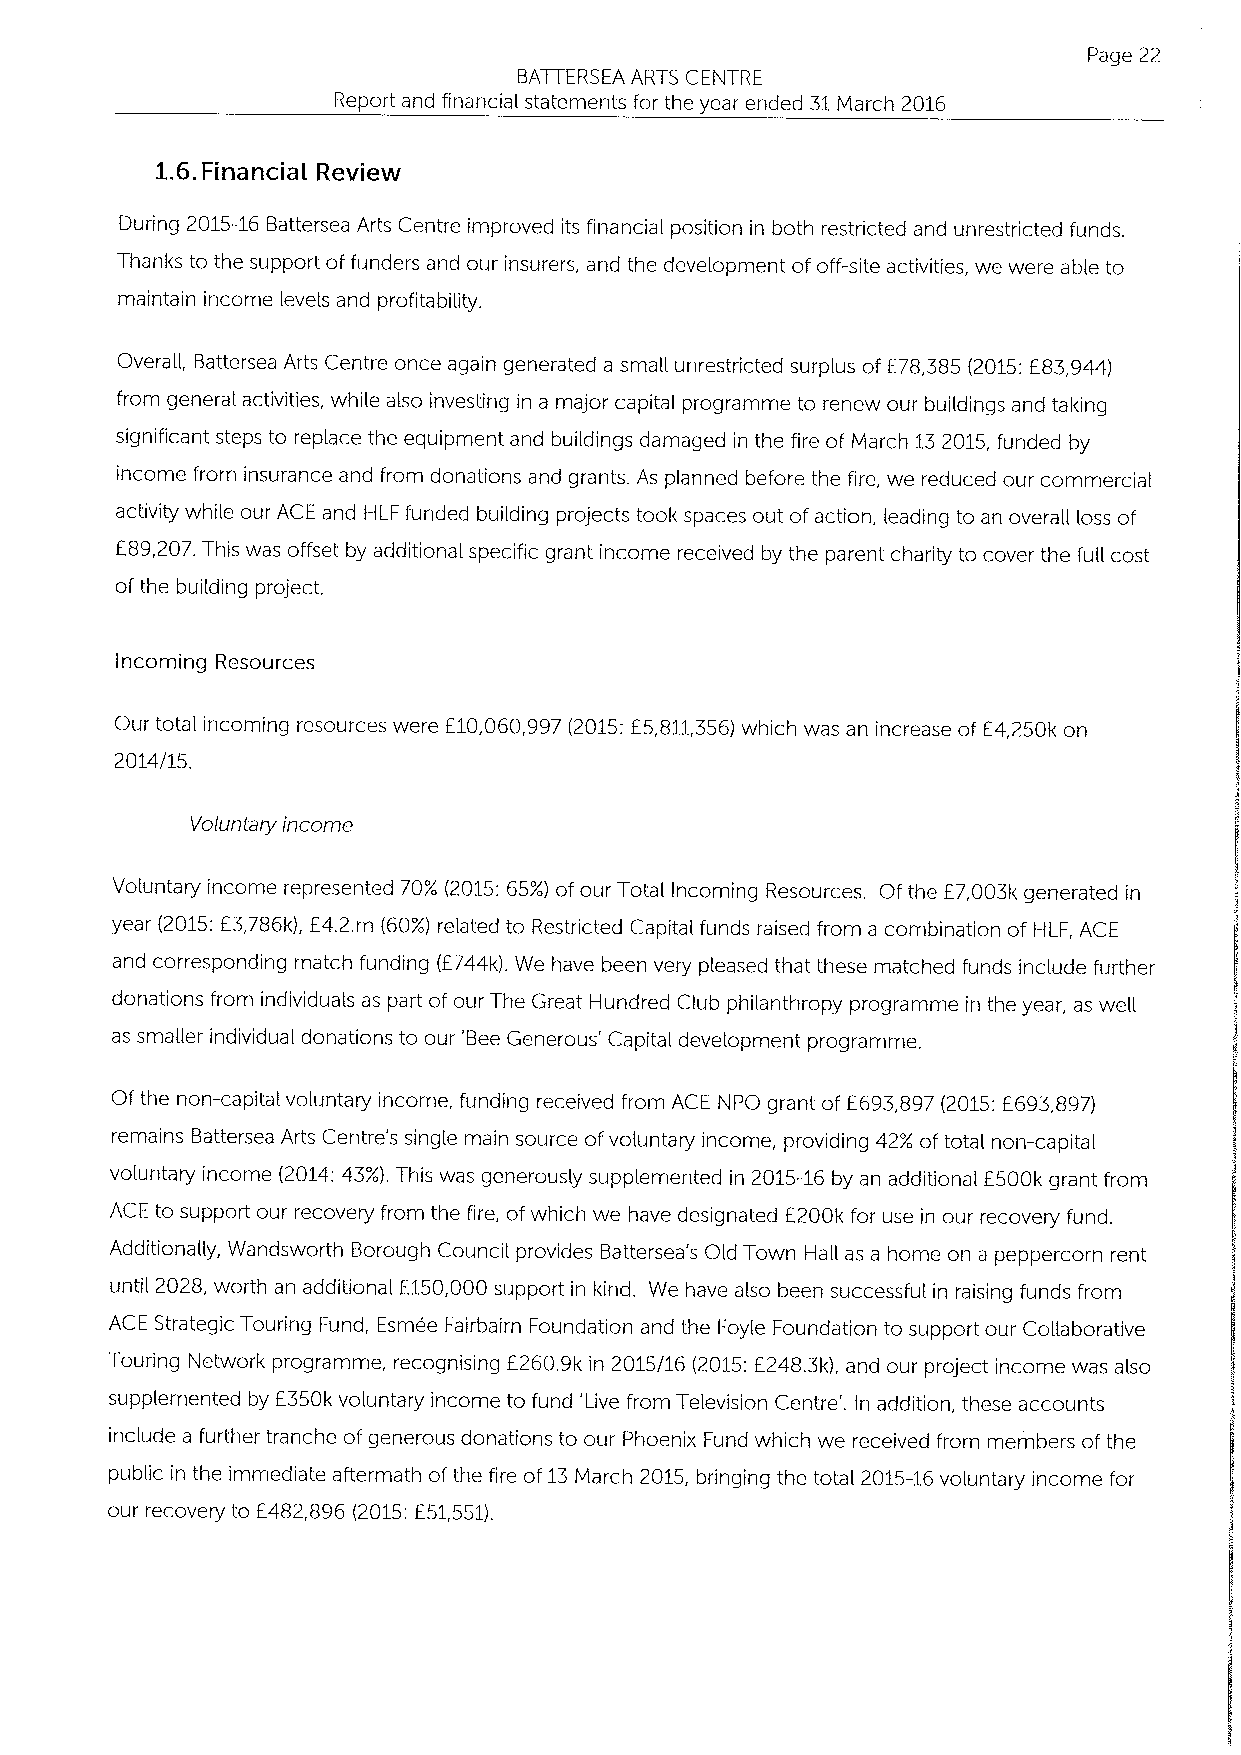
Page 22
 BATTERSEA ARTS CENTRE
 Report and financial statements for the year ended 31March 2016
 1.6.Financial Review
 During 2015-16Battersea Arts Centre improved its financial position in both restricted and unrestricted funds.
 Thanks to the support of funders and our insurers, and the development ofoff-site activities, we were able to
 maintain income levels and profitability.
 Overall, Battersea Arts Centre once again generated a small unrestricted surplus of E78,385 (2015:E83,944)
 from general activities, while also investing in a major capital programme to renew our buildings and taking
 significant steps to replace the equipment and buildings damaged in the fire of March 132015,funded by
 income from insurance and from donations and grants. As planned before the fire, we reduced our commercial
 activity while our ACE and HLF funded building projects took spaces out ofaction, leading to an overall loss of
 E89,207.This was offset by additional specific grant income received by the parent charity to cover the full cost
 ofthe building project.
 Incoming Resources
 Our total incoming resources were E10,060,997(2015:E5,811,356)which was an increase ofE4,250k on
 2014/15.
 Voluntary income
 Voluntary income represented 70% (2015:65%)ofour Total Incoming Resources. Of the E7,003k generated in
 year (2015:E3,786k), E4.2.m (60%)related to Restricted Capital funds raised from a combination of HLF, ACE
 and corresponding match funding (E744k). We have been very pleased that these matched funds include further
 donations from individuals as part of our The Great Hundred Club philanthropy programme in the year, as well
 as smaller individual donations to our 'Bee Generous' Capital development programme.
 Of the non-capital voluntary income, funding received from ACE NPO grant of E693,897(2015:E693,897)
 remains Battersea Arts Centre's single main source ofvoluntary income, providing 42% oftotal non-capital
 voluntary income (2014:43%).This was generously supplemented in 2015-16 by an additional E500k grant from
 ACE to support our recovery from the fire, ofwhich we have designated E200k for use in our recovery fund.
 Additionally, Wandsworth Borough Council provides Battersea's Old Town Hall as a home on a peppercorn rent
 until 2028, worth an additional E150,000 support in kind. We have also been successful in raising funds from
 ACE Strategic Touring Fund, Esmee Fairbairn Foundation and the Foyle Foundation to support our Collaborative
 Touring Network programme, recognising E260.9k in 2015/16 (2015:E248.3k), and our project income was also
 supplemented by E350k voluntary income to fund 'Live from Television Centre'. In addition, these accounts
 include a further tranche ofgenerous donations to our Phoenix Fund which we received from members ofthe
 public in the immediate aftermath ofthe fire of13March 2015, bringing the total 2015-16voluntary income for
 our recovery to E482,896 (2015:E51,551).